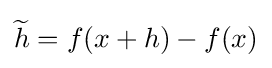
{\widetilde {h}}=f(x+h)-f(x)